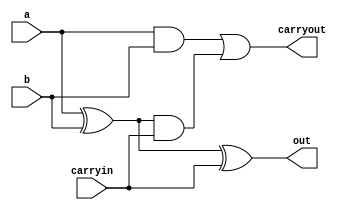
module ex2 (a, b, carryin, out, carryout);

input a;
input b;
input carryin;

output carryout;
output out;

assign out = a ^ b ^ carryin;
assign carryout = a & b | (a ^ b) & carryin;

endmodule